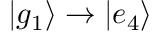
| g _ { 1 } \rangle \to | e _ { 4 } \rangle